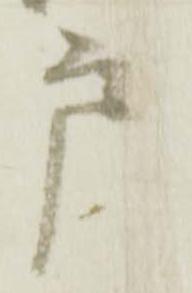
戸